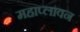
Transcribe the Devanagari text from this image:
महाप्लावन